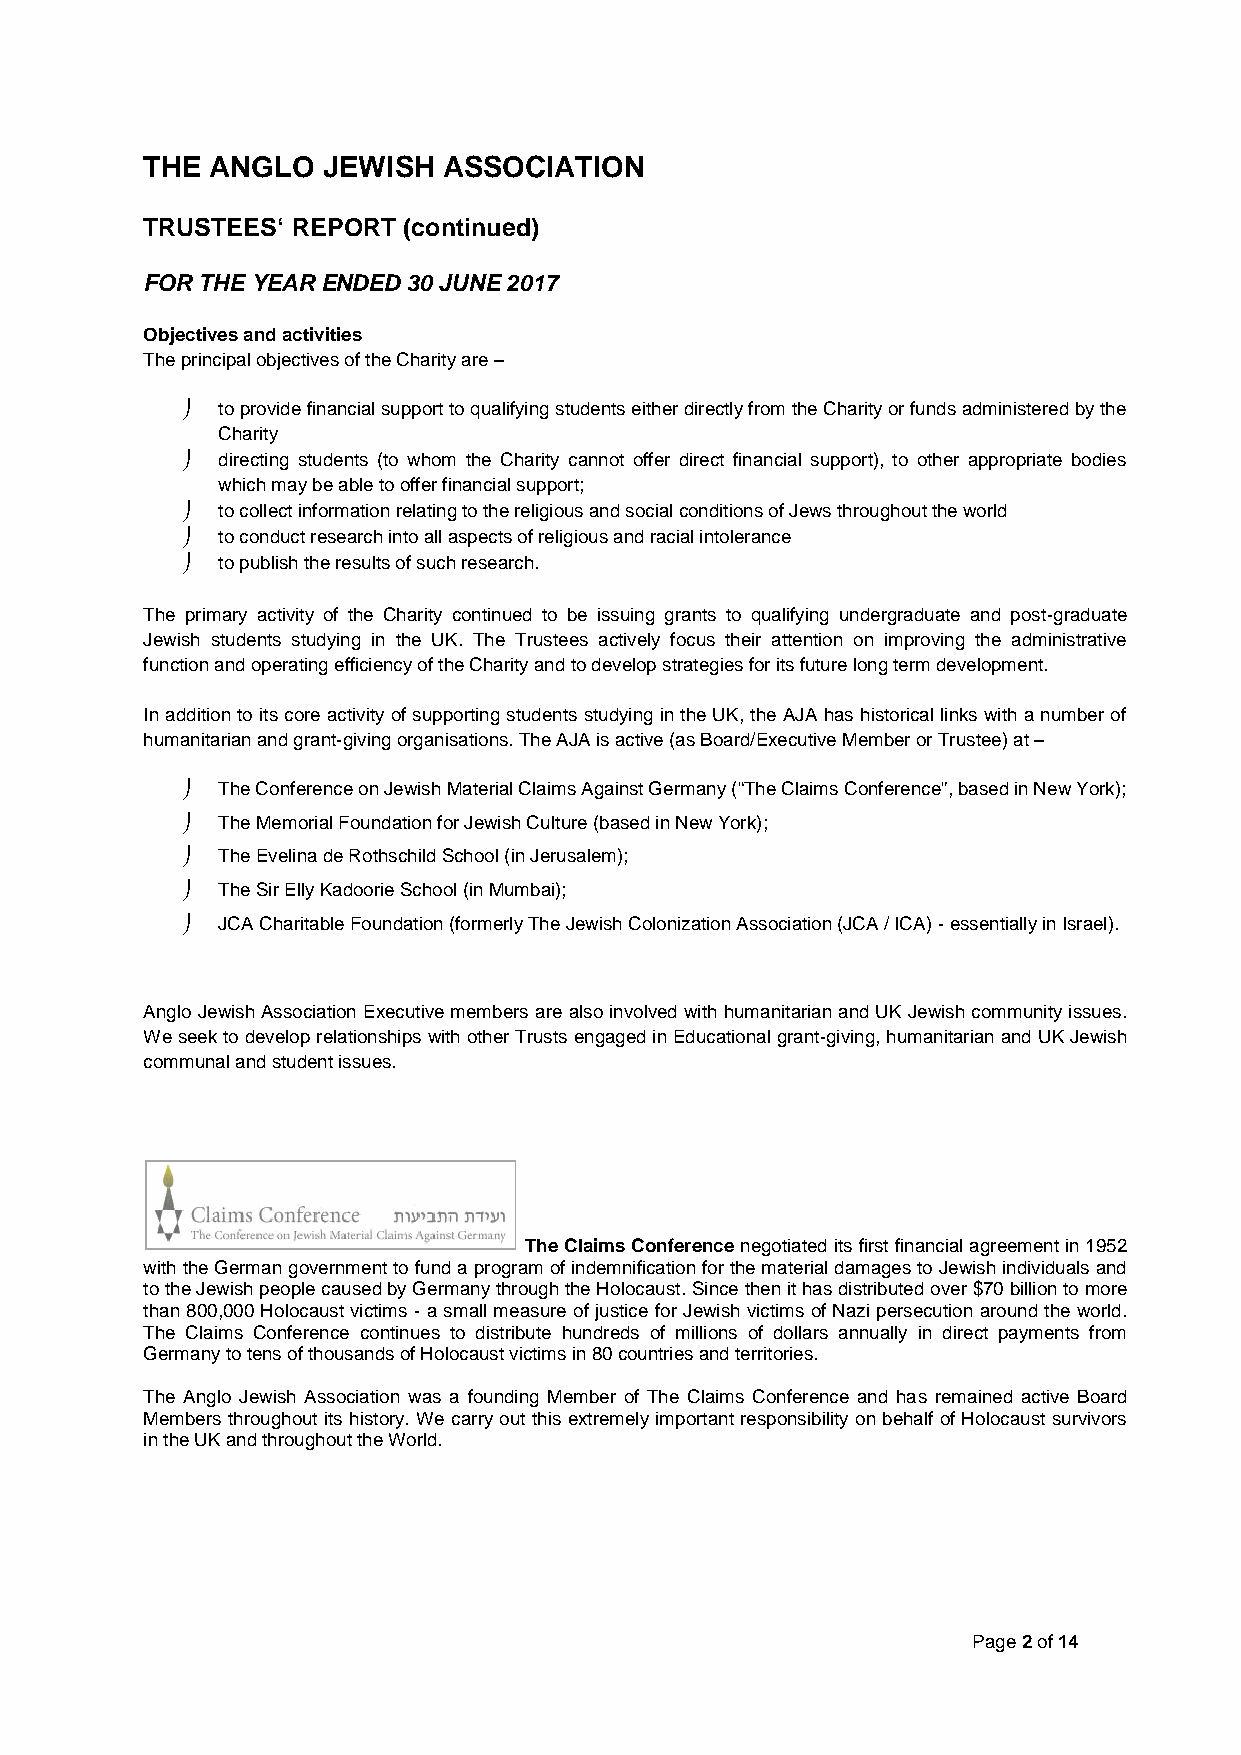
THE  ANGLO  JEWISH  ASSOCIATION
 TRUSTEES` REPORT  (continued)
 FOR THE YEAR ENDED 30 JUNE 2017
 Objectives and activities
 The principal objectives of the Charity are–
  to provide financial support to qualifying students either directly from the Charity or funds administered by the
 Charity
  directing students (to whom the Charity cannot offer direct financial support), to other appropriate bodies
 which may be able to offer financial support;
  to collect information relating to the religious and social conditions of Jews throughout the world
  to conduct research into all aspects of religious and racial intolerance
  to publish the results of such research.
 The primary activity of the Charity continued to be issuing grants to qualifying undergraduate and post-graduate
 Jewish students studying in the UK. The Trustees actively focus their attention on improving the administrative
 function and operating efficiency of the Charity and to develop strategies for its future long term development.
 In addition to its core activity of supporting students studying in the UK, the AJA has historical links with a number of
 humanitarian and grant-giving organisations. The AJAis active (as Board/ExecutiveMember orTrustee) at–
  The Conference on JewishMaterial Claims Against Germany (“TheClaims Conference”, based in New York);
  TheMemorial Foundation for Jewish Culture (based in New York);
  The Evelina de Rothschild School(in Jerusalem);
  TheSirElly Kadoorie School(in Mumbai);
  JCA CharitableFoundation (formerly The Jewish Colonization Association (JCA / ICA)-essentially in Israel).
 Anglo Jewish Association Executive members are also involved with humanitarian and UK Jewish community issues.
 We seek to develop relationships with other Trusts engaged in Educational grant-giving, humanitarian and UKJewish
 communal and student issues.
 The Claims Conferencenegotiated itsfirstfinancialagreementin 1952
 with the German governmentto fund aprogram of indemnification for the material damages to Jewish individuals and
 to the Jewish people caused by Germany through the Holocaust. Sincethenit hasdistributedover$70 billion tomore
 than 800,000 Holocaust victims - a small measure of justice for Jewish victims of Nazi persecution around the world.
 The Claims Conference continues to distribute hundreds of millions of dollars annually in direct payments from
 Germany to tens of thousands of Holocaust victims in 80 countries and territories.
 The Anglo Jewish Association was a founding Member of The Claims Conference and has remained active Board
 Members throughout its history. We carry out this extremely important responsibility on behalf of Holocaust survivors
 in the UK and throughout the World.
 Page2of14